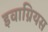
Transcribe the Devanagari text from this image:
इवाग्रियस